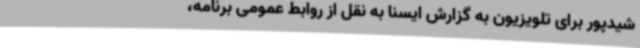
شیدپور برای تلویزیون به گزارش ایسنا به نقل از روابط عمومی برنامه،